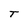
Character: T